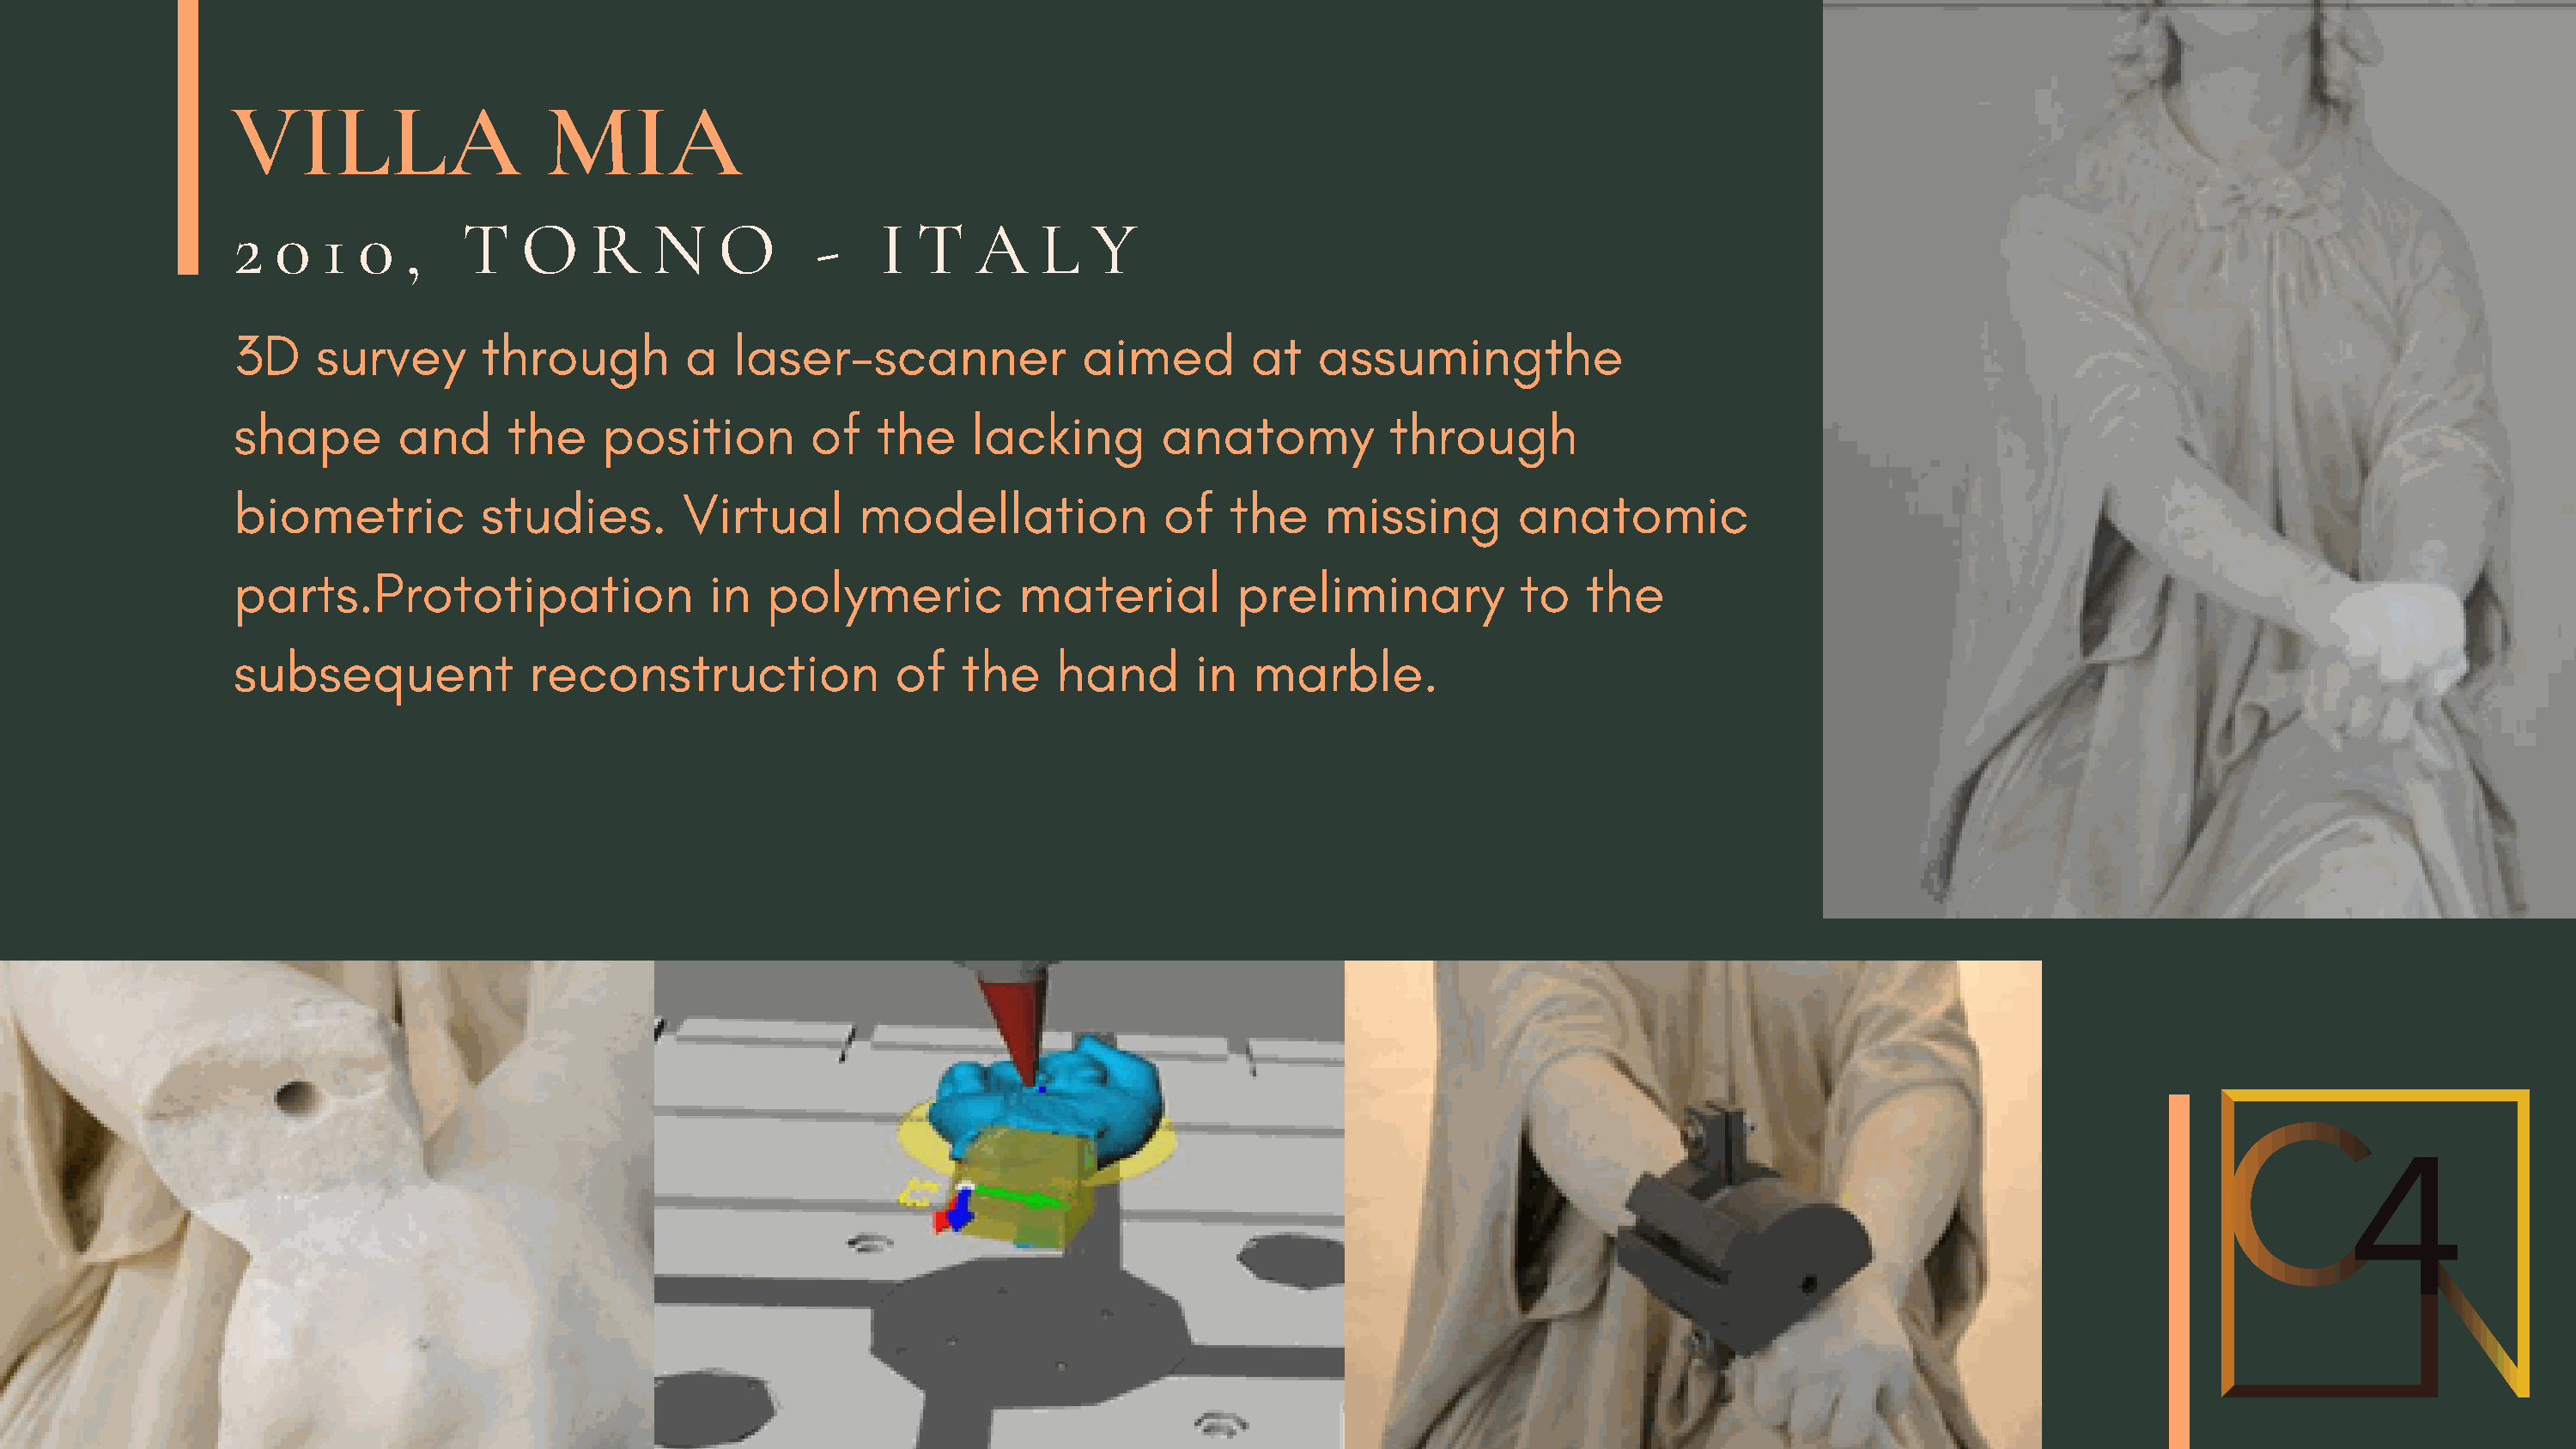
VILLA                   MIA
 2  0   1  0  ,    T   O    R    N    O       -    I  T   A    L   Y
 3D    survey       through         a   laser-scanner             aimed        at    assumingthe
 shape        and     the    position        of    the    lacking        anatomy          through
 biometric          studies.        Virtual      modellation             of   the    missing        anatomic
 parts.Prototipation                  in  polymeric           material        preliminary           to   the
 subsequent             reconstruction              of   the    hand       in   marble.